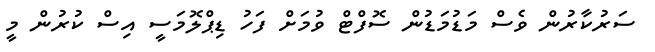
ސަރުކާރުން ވެސް މަޑުމަޑުން ސޮފްޓް ވުމަށް ފަހު ޑިޕްލޮމަސީ އިސް ކުރުން މީ